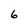
Character: 6